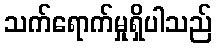
သက်ရောက်မှုရှိပါသည်